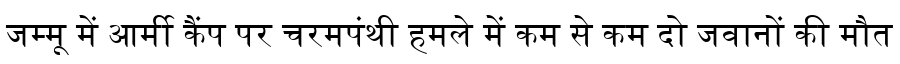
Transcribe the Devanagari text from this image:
जम्मू में आर्मी कैंप पर चरमपंथी हमले में कम से कम दो जवानों की मौत